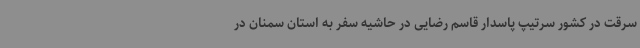
سرقت در کشور سرتیپ پاسدار قاسم رضایی در حاشیه سفر به استان سمنان در